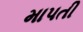
માપતી